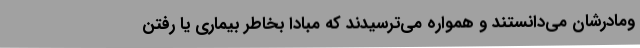
ومادرشان می‌دانستند و همواره می‌ترسیدند که مبادا بخاطر بیماری یا رفتن